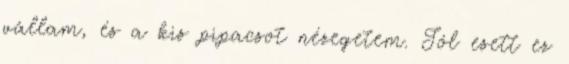
vállam, és a kis pipacsot nézegetem. Jól esett ez